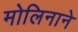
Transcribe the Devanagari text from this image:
मोलिनाने